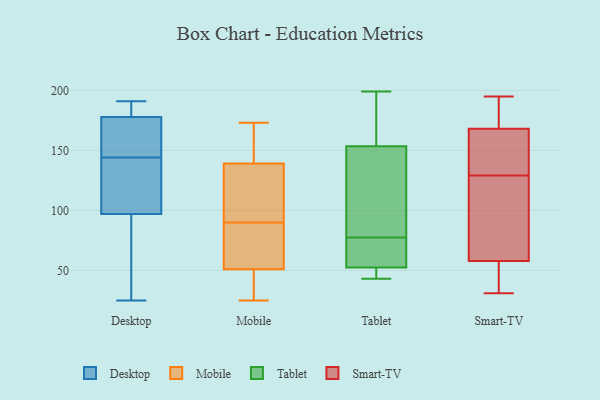
{"axis": {"x": "Headcount", "y": "Value"}, "legend": ["Desktop", "Mobile", "Smart-TV", "Tablet"], "data": [{"x": "", "y": 171, "type": "Desktop"}, {"x": "", "y": 79, "type": "Desktop"}, {"x": "", "y": 183, "type": "Desktop"}, {"x": "", "y": 191, "type": "Desktop"}, {"x": "", "y": 97, "type": "Desktop"}, {"x": "", "y": 168, "type": "Desktop"}, {"x": "", "y": 126, "type": "Desktop"}, {"x": "", "y": 144, "type": "Desktop"}, {"x": "", "y": 127, "type": "Desktop"}, {"x": "", "y": 156, "type": "Desktop"}, {"x": "", "y": 176, "type": "Desktop"}, {"x": "", "y": 191, "type": "Desktop"}, {"x": "", "y": 87, "type": "Desktop"}, {"x": "", "y": 187, "type": "Desktop"}, {"x": "", "y": 135, "type": "Desktop"}, {"x": "", "y": 97, "type": "Desktop"}, {"x": "", "y": 25, "type": "Desktop"}, {"x": "", "y": 158, "type": "Mobile"}, {"x": "", "y": 151, "type": "Mobile"}, {"x": "", "y": 25, "type": "Mobile"}, {"x": "", "y": 57, "type": "Mobile"}, {"x": "", "y": 91, "type": "Mobile"}, {"x": "", "y": 26, "type": "Mobile"}, {"x": "", "y": 69, "type": "Mobile"}, {"x": "", "y": 89, "type": "Mobile"}, {"x": "", "y": 130, "type": "Mobile"}, {"x": "", "y": 112, "type": "Mobile"}, {"x": "", "y": 163, "type": "Mobile"}, {"x": "", "y": 139, "type": "Mobile"}, {"x": "", "y": 41, "type": "Mobile"}, {"x": "", "y": 50, "type": "Mobile"}, {"x": "", "y": 61, "type": "Mobile"}, {"x": "", "y": 111, "type": "Mobile"}, {"x": "", "y": 173, "type": "Mobile"}, {"x": "", "y": 51, "type": "Mobile"}, {"x": "", "y": 199, "type": "Tablet"}, {"x": "", "y": 188, "type": "Tablet"}, {"x": "", "y": 61, "type": "Tablet"}, {"x": "", "y": 46, "type": "Tablet"}, {"x": "", "y": 97, "type": "Tablet"}, {"x": "", "y": 53, "type": "Tablet"}, {"x": "", "y": 90, "type": "Tablet"}, {"x": "", "y": 184, "type": "Tablet"}, {"x": "", "y": 69, "type": "Tablet"}, {"x": "", "y": 86, "type": "Tablet"}, {"x": "", "y": 54, "type": "Tablet"}, {"x": "", "y": 49, "type": "Tablet"}, {"x": "", "y": 43, "type": "Tablet"}, {"x": "", "y": 123, "type": "Tablet"}, {"x": "", "y": 197, "type": "Tablet"}, {"x": "", "y": 52, "type": "Tablet"}, {"x": "", "y": 141, "type": "Smart-TV"}, {"x": "", "y": 31, "type": "Smart-TV"}, {"x": "", "y": 172, "type": "Smart-TV"}, {"x": "", "y": 191, "type": "Smart-TV"}, {"x": "", "y": 156, "type": "Smart-TV"}, {"x": "", "y": 195, "type": "Smart-TV"}, {"x": "", "y": 129, "type": "Smart-TV"}, {"x": "", "y": 69, "type": "Smart-TV"}, {"x": "", "y": 102, "type": "Smart-TV"}, {"x": "", "y": 53, "type": "Smart-TV"}, {"x": "", "y": 54, "type": "Smart-TV"}]}